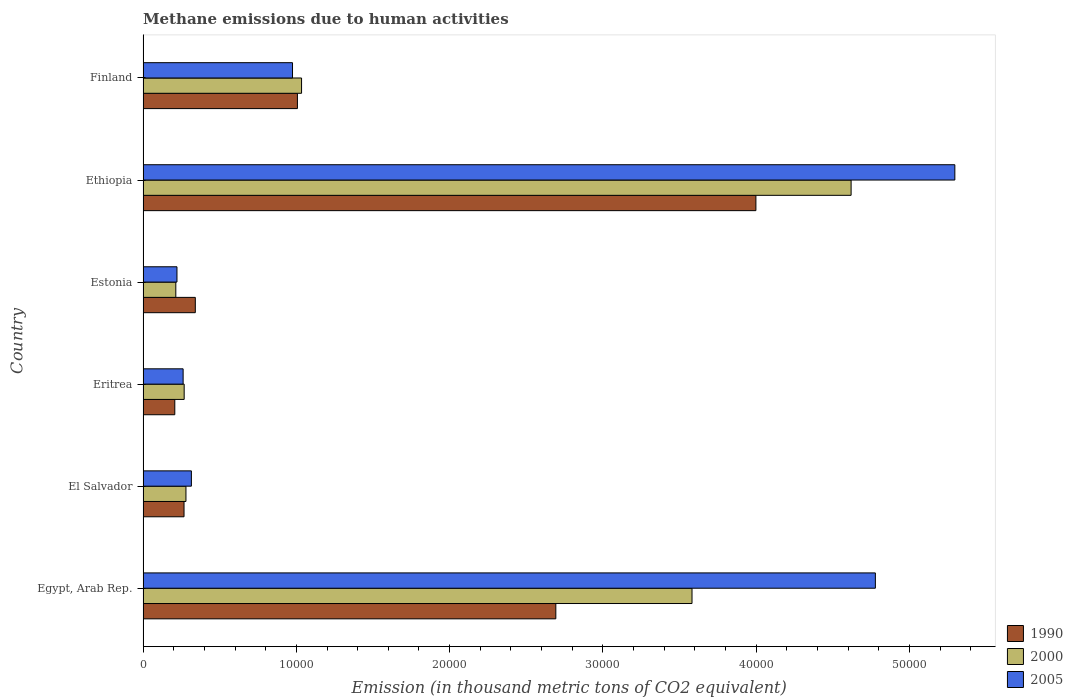
| Country | 1990 | 2000 | 2005 |
 | --- | --- | --- | --- |
 | Egypt, Arab Rep. | 2.69e+04 | 3.58e+04 | 4.78e+04 |
 | El Salvador | 2.67e+03 | 2.8e+03 | 3.15e+03 |
 | Eritrea | 2.07e+03 | 2.68e+03 | 2.61e+03 |
 | Estonia | 3.41e+03 | 2.14e+03 | 2.21e+03 |
 | Ethiopia | 4e+04 | 4.62e+04 | 5.3e+04 |
 | Finland | 1.01e+04 | 1.03e+04 | 9.75e+03 |